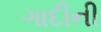
ગાદીની